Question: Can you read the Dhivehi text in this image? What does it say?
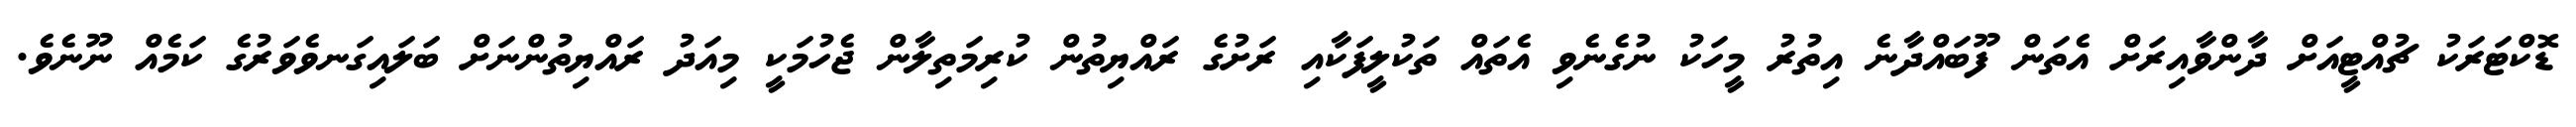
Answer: ޑޮކްޓަރަކު ޗުއްޓީއަށް ދާންވާއިރަށް އެތަން ފޫބައްދާނެ އިތުރު މީހަކު ނުގެނެވި އެތައް ތަކުލީފަކާއި ރަށުގެ ރައްޔިތުން ކުރިމަތިލާން ޖެހުމަކީ މިއަދު ރައްޔިތުންނަށް ބަލައިގަނވެވަރުގެ ކަމެއް ނޫނެވެ.